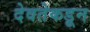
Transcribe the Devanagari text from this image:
देवतेकडून